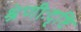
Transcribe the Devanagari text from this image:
श्रेणीःदृष्टि